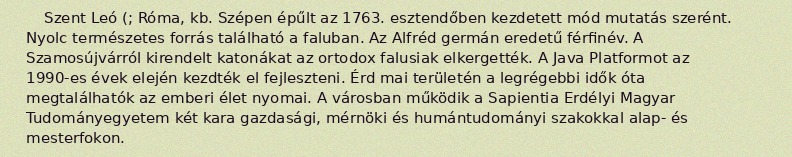
Szent Leó (; Róma, kb. Szépen épűlt az 1763. esztendőben kezdetett mód mutatás szerént. Nyolc természetes forrás található a faluban. Az Alfréd germán eredetű férfinév. A Szamosújvárról kirendelt katonákat az ortodox falusiak elkergették. A Java Platformot az 1990-es évek elején kezdték el fejleszteni. Érd mai területén a legrégebbi idők óta megtalálhatók az emberi élet nyomai. A városban működik a Sapientia Erdélyi Magyar Tudományegyetem két kara gazdasági, mérnöki és humántudományi szakokkal alap- és mesterfokon.